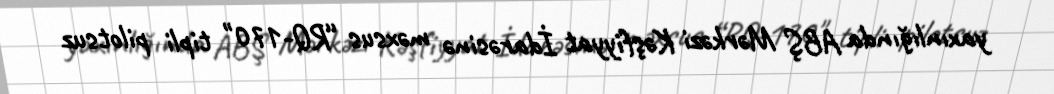
yaxınlığında ABŞ Mərkəzi Kəşfiyyat İdarəsinə məxsus “RQ-170" tipli pilotsuz